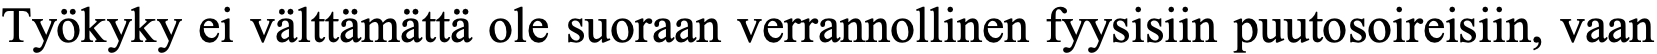
Työkyky ei välttämättä ole suoraan verrannollinen fyysisiin puutosoireisiin, vaan